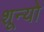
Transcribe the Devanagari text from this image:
शून्यो